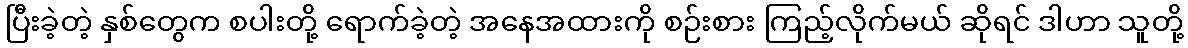
ပြီးခဲ့တဲ့ နှစ်တွေက စပါးတို့ ရောက်ခဲ့တဲ့ အနေအထားကို စဉ်းစား ကြည့်လိုက်မယ် ဆိုရင် ဒါဟာ သူတို့